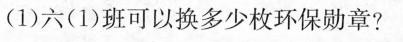
(1)六(1)班可以换多少枚环保勋章?